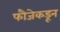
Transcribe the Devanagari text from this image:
फौजेकडून